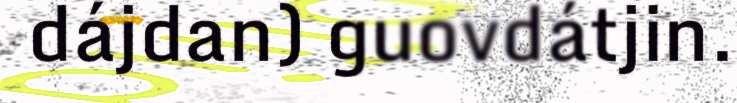
dájdan) guovdátjin.